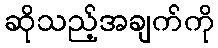
ဆိုသည့်အချက်ကို